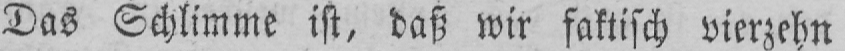
Das Schlimme ist, daß wir faktisch vierzehn